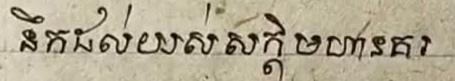
នឹកដល់យល់សក្ដិ មហារគរ